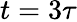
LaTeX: t=3\tau